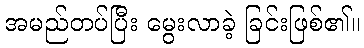
အမည်တပ်ပြီး မွေးလာခဲ့ ခြင်းဖြစ်၏။